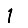
Digit: 1